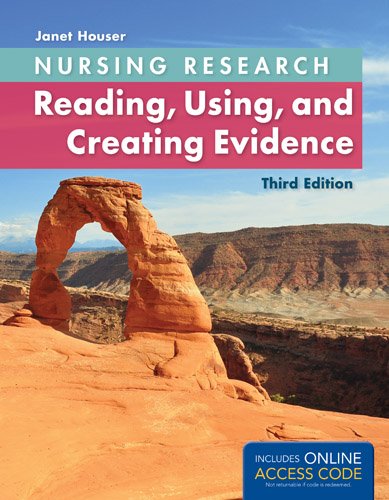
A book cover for Nursing Research: Reading, Using And Creating Evidence; Janet Houser; Medical Books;